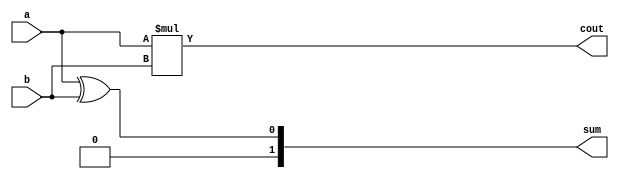
module halfadd (
    a,b,sum,cout
);

input wire a, b;
output cout;
output [1:0] sum;

assign cout = a*b;
assign sum = a^b;
    
endmodule